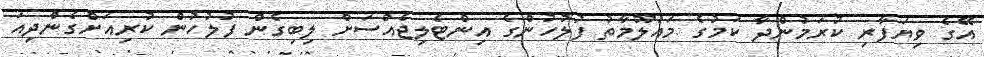
އޭގެ ވިޔަފާރި ކުރަމުންދާ ކަމުގެ މައުލޫމާތު ފުލުހުންގެ އިންޓެލިޖެއްސަށް ލިބިގެން ފުލުހުން ކުރިއަށްގެންދިއަ